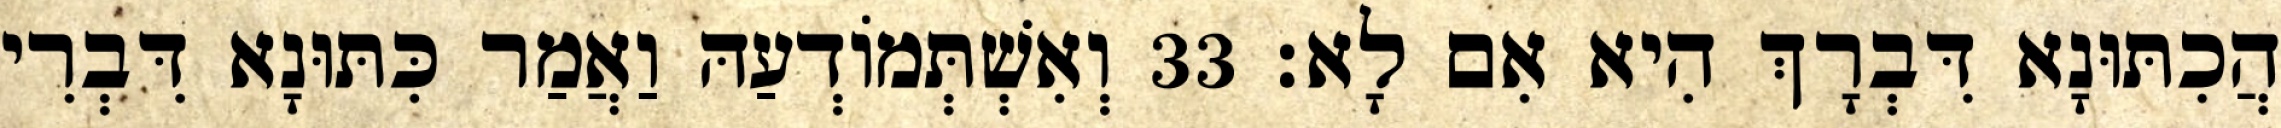
הֲכִתּוּנָא דִּבְרָךְ הִיא אִם לָא׃ 33 וְאִשְׁתְּמוֹדְעַהּ וַאֲמַר כִּתּוּנָא דִּבְרִי